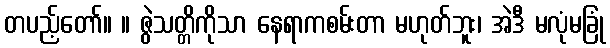
တပည့်တော်။ ။ ဇွဲသတ္တိကိုသာ နေရာကစမ်းတာ မဟုတ်ဘူး၊ အဲဒီ မလုံမခြုံ